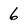
Character: 6